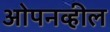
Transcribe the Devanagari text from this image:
ओपनव्हील